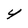
Character: Y